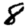
Digit: 8